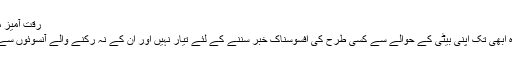
رقت آمیز مناظر نے قوم کو ایک بار پھر افسردہ کر دیا
لاہور(نیوز ڈیسک ) ائیر ہوسٹس انعم کی والدہ ابھی تک اپنی بیٹی کے حوالے سے کسی طرح کی افسوسناک خبر سننے کے لئے تیار نہیں اور ان کے نہ رکنے والے آنسوئوں سے انتہائی رقت آمیز مناظر دیکھنے میں آئے ۔